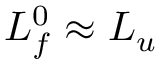
L _ { f } ^ { 0 } \approx L _ { u }